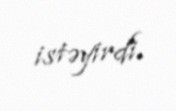
istəyirdi.